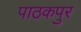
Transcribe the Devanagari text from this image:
पाठकपुर